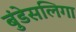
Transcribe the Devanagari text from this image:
बुंडेसलिगा